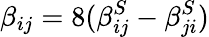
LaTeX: \beta_{ij}=8(\beta_{ij}^{S}-\beta_{ji}^{S})